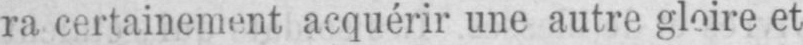
ra certainement acquérir une autre gloire et